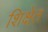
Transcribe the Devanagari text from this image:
शिक्षेंत